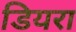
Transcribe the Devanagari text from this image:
डियरा